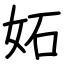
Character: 妬